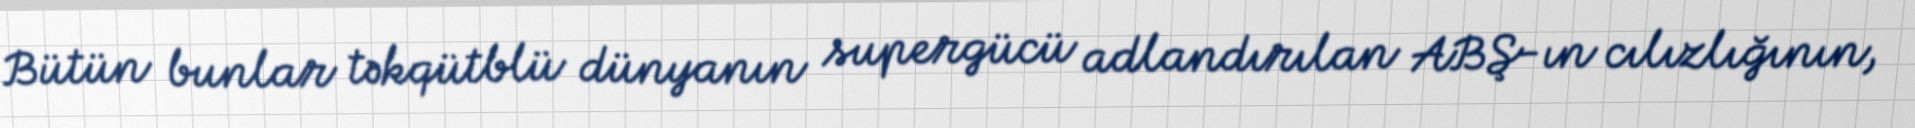
Bütün bunlar təkqütblü dünyanın supergücü adlandırılan ABŞ-ın cılızlığının,